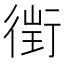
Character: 𧗲